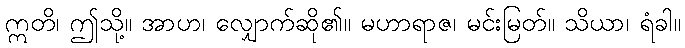
ဣတိ၊ ဤသို့။ အာဟ၊ လျှောက်ဆို၏။ မဟာရာဇ၊ မင်းမြတ်။ သိယာ၊ ရံခါ။